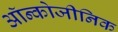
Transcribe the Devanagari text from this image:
ऑन्कोजीनिक